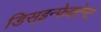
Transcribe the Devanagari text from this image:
डिस्इन्फ़ेक्टेन्ट